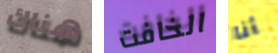
هناك الخافت أنا